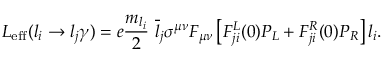
{ \cal L } _ { \mathrm { e f f } } ( l _ { i } \rightarrow l _ { j } \gamma ) = e \frac { m _ { l _ { i } } } { 2 } ~ \overline { { { l } } } _ { j } \sigma ^ { \mu \nu } F _ { \mu \nu } \left[ F _ { j i } ^ { L } ( 0 ) P _ { L } + F _ { j i } ^ { R } ( 0 ) P _ { R } \right] l _ { i } .